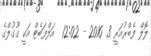
ލޮލް ފެބްރުއަރީ 3